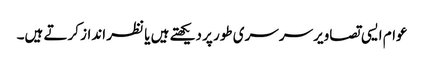
عوام ایسی تصاویر سرسری طور پر دیکھتے ہیں یا نظر انداز کرتے ہیں۔